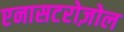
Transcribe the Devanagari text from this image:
एनासटरोज़ोल